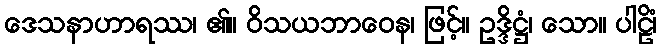
ဒေသနာဟာရဿ၊ ၏။ ဝိသယဘာဝေန၊ ဖြင့်။ ဥဒ္ဒိဋ္ဌံ၊ သော။ ပါဠိံ၊